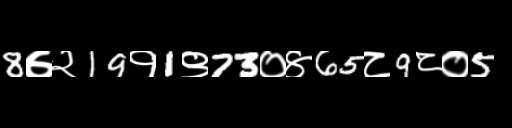
Text: 8७२19१1९73०४65८9८०5